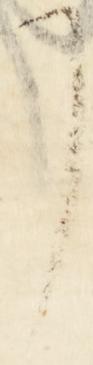
了